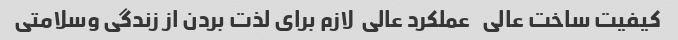
کیفیت ساخت عالی   عملکرد عالی  لازم برای لذت بردن از زندگی وسلامتی